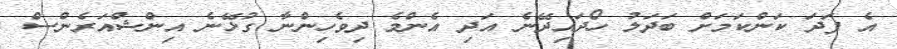
އެ ފަދަ ކަންކަމަށް ބަދަލު ހޯދައިދޭނެ އަދި އެންމެ ދިވެހިންނާ ގުޅޭނެ އިންޝްއަރެންސް